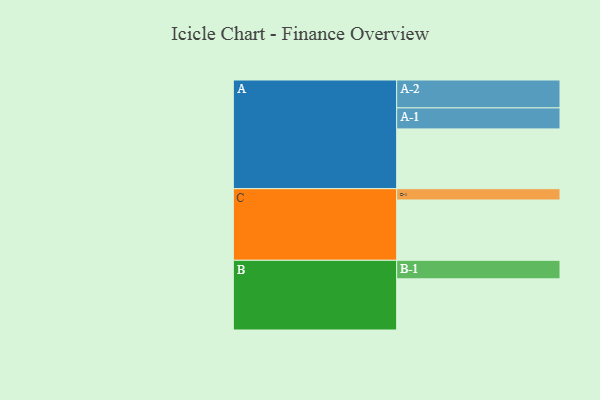
{"axis": {"x": "Segment", "y": "Value"}, "legend": ["", "A", "B", "C"], "data": [{"x": "A", "y": 555, "type": ""}, {"x": "B", "y": 475, "type": ""}, {"x": "C", "y": 560, "type": ""}, {"x": "A-1", "y": 195, "type": "A"}, {"x": "A-2", "y": 259, "type": "A"}, {"x": "B-1", "y": 172, "type": "B"}, {"x": "C-1", "y": 105, "type": "C"}]}